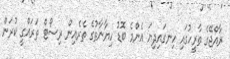
ރާއްޖޭގެ ތާރީހުގައި ހިނގައިދިޔަ އެންމެ ބޮޑު ހިޔާނާތުގެ ތެރެއިން ރިސޯޓް ތަރައްގީ ކުރަން